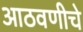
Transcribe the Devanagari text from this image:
आठवणीचे